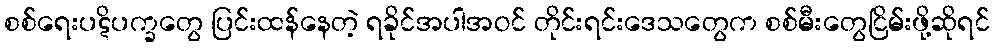
စစ်ရေးပဋိပက္ခတွေ ပြင်းထန်နေတဲ့ ရခိုင်အပါအဝင် တိုင်းရင်းဒေသတွေက စစ်မီးတွေငြိမ်းဖို့ဆိုရင်